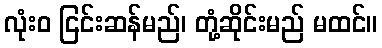
လုံးဝ ငြင်းဆန်မည်၊ တုံ့ဆိုင်းမည် မထင်။